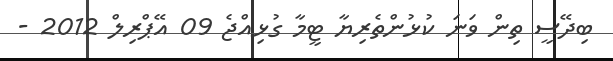
ބިދޭސީ ތިން ވަނަ ކުޅުންތެރިޔާ ޓީމާ ގުޅިއްޖެ 09 އޭޕްރިލް 2012 -